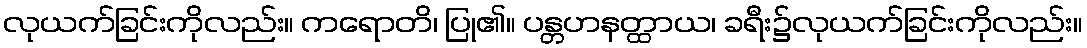
လုယက်ခြင်းကိုလည်း။ ကရောတိ၊ ပြု၏။ ပန္တဟနတ္ထာယ၊ ခရီး၌လုယက်ခြင်းကိုလည်း။